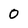
Character: 0